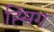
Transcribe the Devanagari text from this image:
ह्सिंग